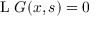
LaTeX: \quad \operatorname { L } \, G ( x , s ) = 0